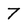
Character: 7